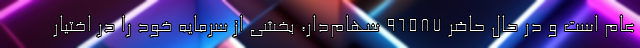
عام است و در حال حاضر ۹۶۵۸۷ سهام‌دار، بخشی از سرمایه خود را در اختیار